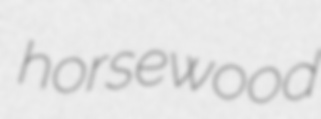
horsewood